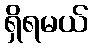
ရှိရမယ်